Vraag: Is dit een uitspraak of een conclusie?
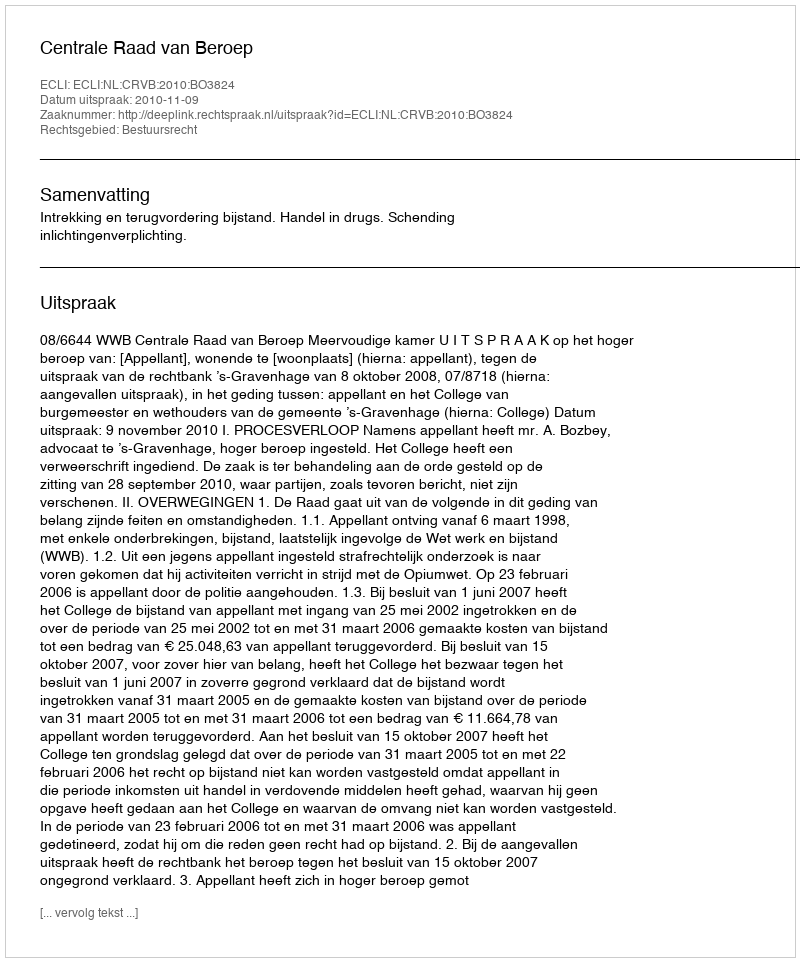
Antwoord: Uitspraak